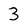
Character: 3